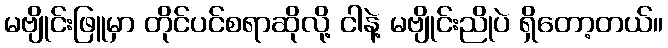
မဗျိုင်းဖြူမှာ တိုင်ပင်စရာဆိုလို့ ငါနဲ့ မဗျိုင်းညိုပဲ ရှိတော့တယ်။